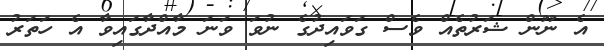
އެ ނޫން ޝަރުތެއް ވެސް ގަވައިދުގެ ނުވަ ވަނަ މާއްދާގައިވާ އެ ހަތަރު